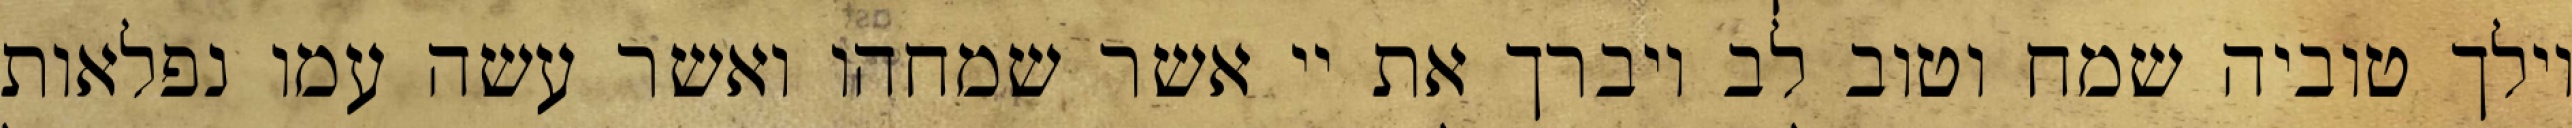
וילך טוביה שמח וטוב לב ויברך את יי אשר שמחהו ואשר עשה עמו נפלאות